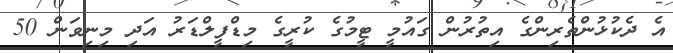
އެ ދެކުޅުންތެރިންގެ އިތުރުން ގައުމީ ޓީމުގެ ކުރީގެ މިޑްފީލްޑަރު އަދި މިނިވަން 50